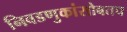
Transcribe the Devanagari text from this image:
निवडणुकांसोबतच